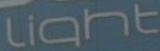
Light